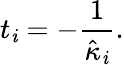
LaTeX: t_{\mathit{i}}=-\frac{{1}}{{\hat{{\kappa}}_{\mathit{i}}}}.